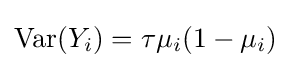
\operatorname {Var} (Y_{i})=\tau \mu _{i}(1-\mu _{i})\,\!